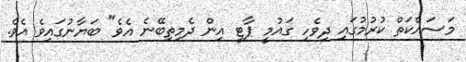
މަސައްކަތް ކުރުމުގައި ދިވެހި ގައުމީ ޕާޓީ އިން ދެމިތިބޭނެ އެވެ" ބަޔާނުގައިވެ އެވެ.